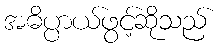
အဓိပ္ပာယ်ဖွင့်ဆိုသည်